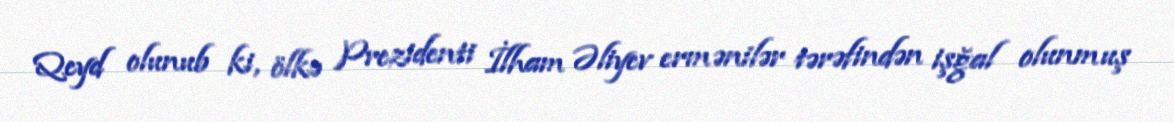
Qeyd olunub ki, ölkə Prezidenti İlham Əliyev ermənilər tərəfindən işğal olunmuş